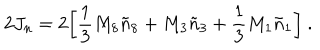
LaTeX: 2 J _ { n } = 2 \biggl [ { \frac { 1 } { 3 } } M _ { 8 } { \tilde { n } } _ { 8 } + M _ { 3 } { \tilde { n } } _ { 3 } + { \frac { 1 } { 3 } } M _ { 1 } { \tilde { n } } _ { 1 } \biggr ] \ .